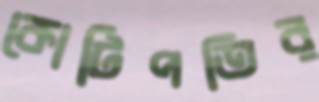
কোটিপতির